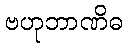
ဗဟုဘာဏိဓ